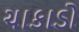
ચાકાડો